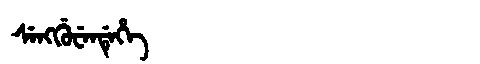
Manchu: ᠰᡝᠩᡤᡠᠸᡝᠨᡩᡝᡥᡝ
Romanization: SENGGUWENDEHE